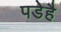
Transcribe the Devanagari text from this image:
पडेहै